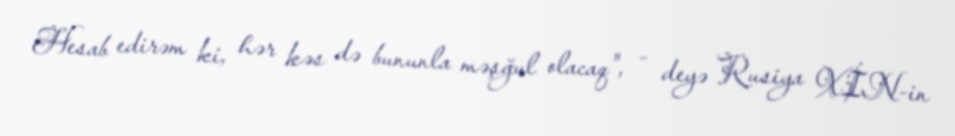
Hesab edirəm ki, hər kəs də bununla məşğul olacaq", - deyə Rusiya XİN-in